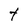
Character: t